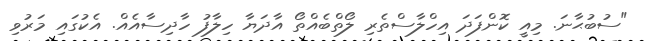
"ސުބުޙާނަ. މިއީ ކޮންފަދަ އިހްލާސްތެރި ލޯތްބެއްތޯ އާދަޔާ ހިލާފު ހާދިސާއެއް. އެކުގައި މަރުވި